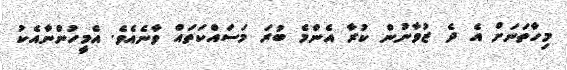
މިހާތަނަށް އެ ދެ ޒުވާނުން ކުރާ އެންމެ ބުރަ މަސައްކަތައް ވާނެއެވެ. އެމީހުންނާއެކު